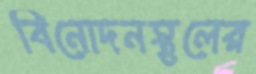
বিনোদনস্থলের